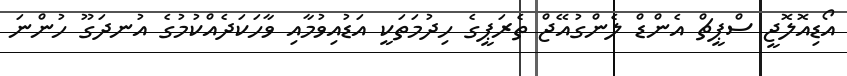
އޯޑިއޮލޮޖީ ސްޕީޗް އެންޑް ލެންގުއޭޖް ތެރަޕީގެ ހިދުމަތަކީ އަޑުއިވުމާއި ވާހަކަދެއްކުމުގެ އުނދަގޫ ހުންނަ